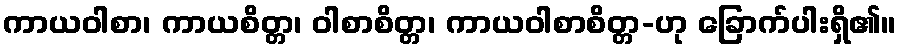
ကာယဝါစာ၊ ကာယစိတ္တ၊ ဝါစာစိတ္တ၊ ကာယဝါစာစိတ္တ-ဟု ခြောက်ပါးရှိ၏။